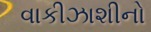
વાકીઝાશીનો